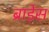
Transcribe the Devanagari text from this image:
ब्राड़ेस